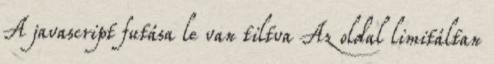
A javascript futása le van tiltva Az oldal limitáltan